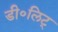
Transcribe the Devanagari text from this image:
डी॰लिट्